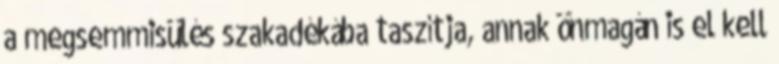
a megsemmisülés szakadékába taszítja, annak önmagán is el kell